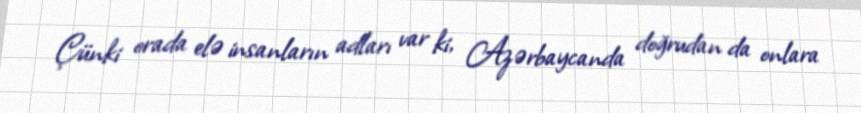
Çünki orada elə insanların adları var ki, Azərbaycanda doğrudan da onlara